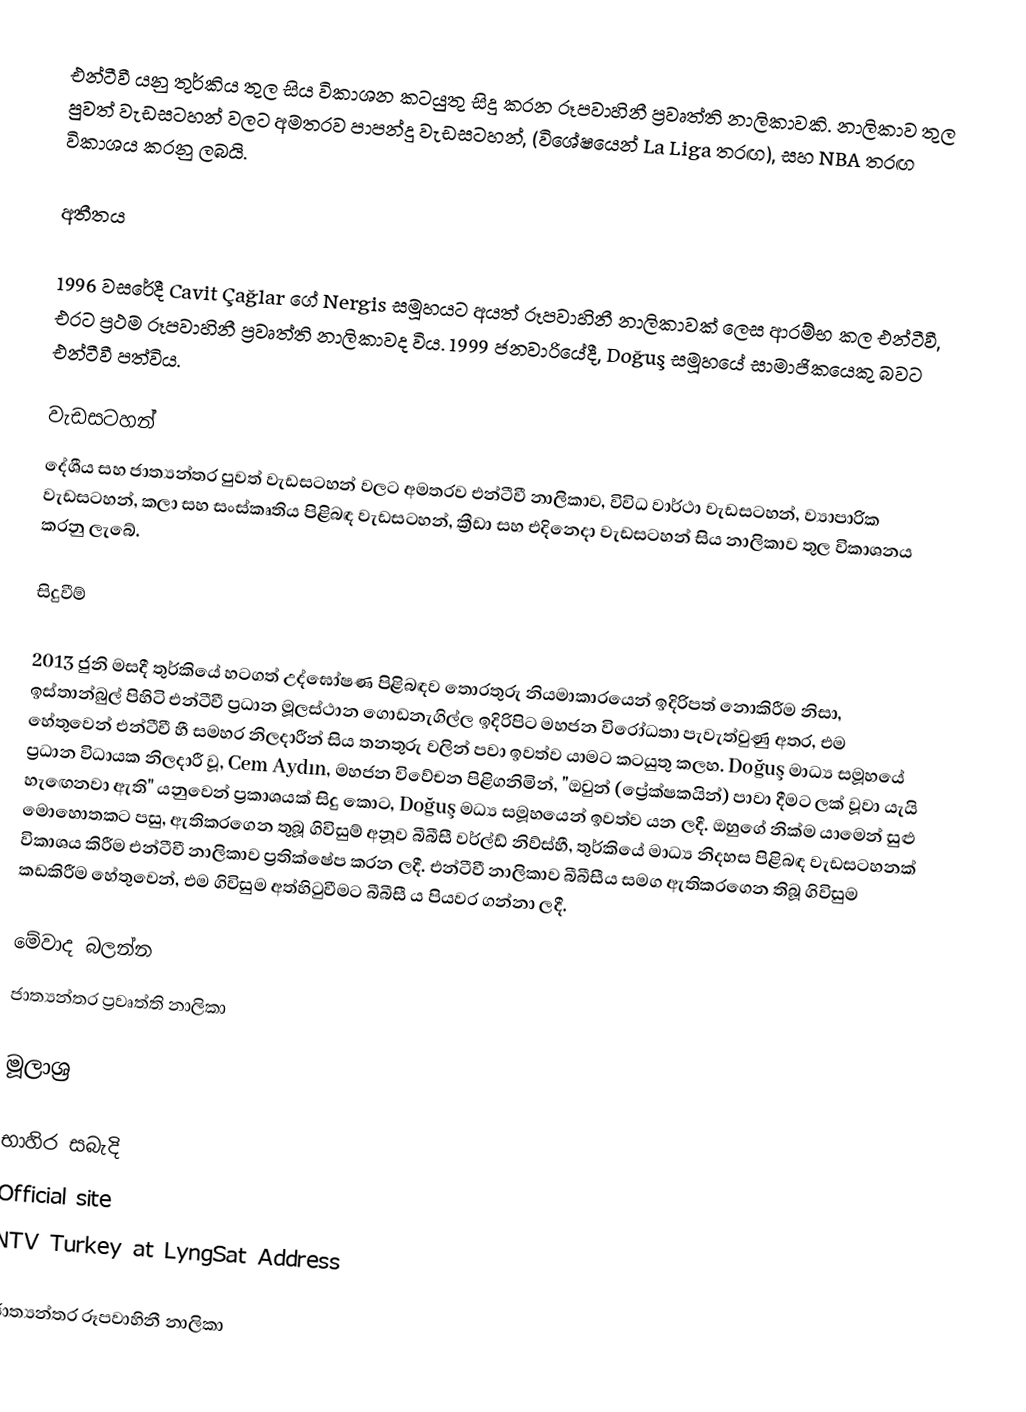
එන්ටීවී යනු තුර්කිය තුල සිය විකාශන කටයුතු සිදු කරන රූපවාහිනී ප්‍රවෘත්ති නාලිකාවකි. නාලිකාව තුල පුවත් වැඩසටහන් වලට අමතරව පාපන්දු වැඩසටහන්, (විශේෂයෙන් La Liga තරඟ), සහ NBA තරඟ විකාශය කරනු ලබයි.

අතීතය

1996 වසරේදී Cavit Çağlar ගේ Nergis සමූහයට අයත් රූපවාහිනී නාලිකාවක් ලෙස ආරම්භ කල එන්ටීවී, එරට ප්‍රථම රූපවාහිනී ප්‍රවෘත්ති නාලිකාවද විය. 1999 ජනවාරියේදී, Doğuş සමූහයේ සාමාජිකයෙකු බවට එන්ටීවී පත්විය.

වැඩසටහන්
දේශීය සහ ජාත්‍යන්තර පුවත් වැඩසටහන් වලට අමතරව එන්ටීවී නාලිකාව, විවිධ වාර්ථා වැඩසටහන්, ව්‍යාපාරික වැඩසටහන්, කලා සහ සංස්කෘතිය පිළිබඳ වැඩසටහන්, ක්‍රීඩා සහ එදිනෙදා වැඩසටහන් සිය නාලිකාව තුල විකාශනය කරනු ලැබේ.

සිදුවීම්

2013 ජුනි මසදී තුර්කියේ හටගත් උද්ඝෝෂණ පිළිබඳව තොරතුරු නියමාකාරයෙන් ඉදිරිපත් නොකිරීම නිසා, ඉස්තාන්බුල් පිහිටි එන්ටීවී ප්‍රධාන මූලස්ථාන ගොඩනැගිල්ල ඉදිරිපිට මහජන විරෝධතා පැවැත්වුණු අතර, එම හේතුවෙන් එන්ටීවී හී සමහර නිලදාරීන් සිය තනතුරු වලින් පවා ඉවත්ව යාමට කටයුතු කලහ. Doğuş මාධ්‍ය සමූහයේ ප්‍රධාන විධායක නිලදාරී වූ, Cem Aydın, මහජන විවේචන පිළිගනිමින්, "ඔවුන් (ප්‍රේක්ෂකයින්) පාවා දීමට ලක් වූවා යැයි හැඟෙනවා ඇති" යනුවෙන් ප්‍රකාශයක් සිදු කොට, Doğuş මධ්‍ය සමූහයෙන් ඉවත්ව යන ලදී. ඔහුගේ නික්ම යාමෙන් සුළු මොහොතකට පසු, ඇතිකරගෙන තුබූ ගිවිසුම් අනූව බීබීසී වර්ල්ඩ් නිව්ස්හී, තුර්කියේ මාධ්‍ය නිදහස පිළිබඳ වැඩසටහනක් විකාශය කිරීම එන්ටීවී නාලිකාව ප්‍රතික්ෂේප කරන ලදී. එන්ටීවී නාලිකාව බීබීසීය සමග ඇතිකරගෙන තිබූ ගිවිසුම කඩකිරීම හේතුවෙන්, එම ගිවිසුම අත්හිටුවීමට බීබීසී ය පියවර ගන්නා ලදී.

මේවාද බලන්න
 ජාත්‍යන්තර ප්‍රවෘත්ති නාලිකා

මූලාශ්‍ර

භාහිර සබැදි
Official site
NTV Turkey at LyngSat Address

ජාත්‍යන්තර රූපවාහිනී නාලිකා